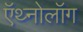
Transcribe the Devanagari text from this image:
ऍथ्नोलॉग